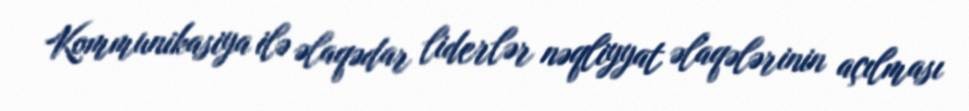
Kommunikasiya ilə əlaqədar liderlər nəqliyyat əlaqələrinin açılması